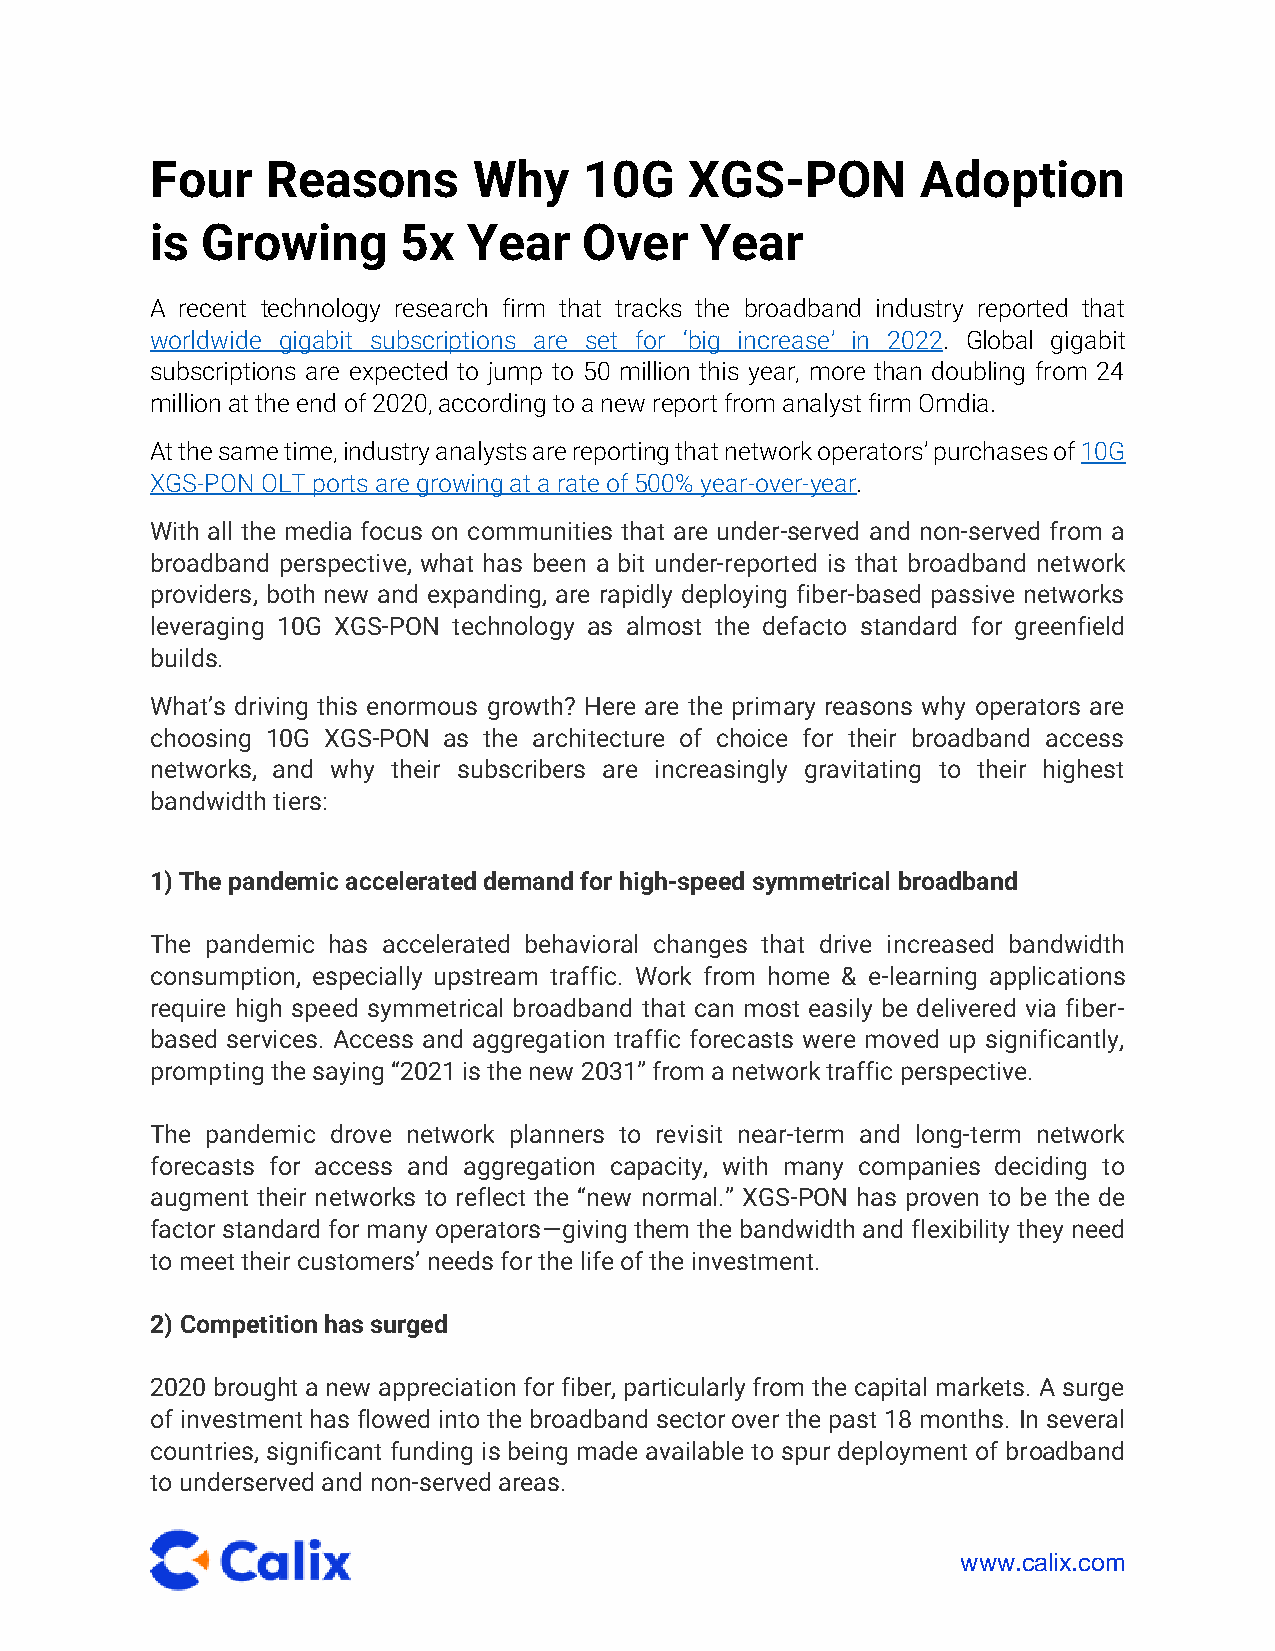
Four    Reasons      Why     10G    XGS-PON        Adoption
 is Growing       5x  Year    Over   Year
 A recent technology research firm that tracks the broadband industry reported that
 worldwide gigabit subscriptions are set for ‘big increase’ in 2022. Global gigabit
 subscriptions are expected to jump to 50 million this year, more than doubling from 24
 million at the end of 2020, according to a new report from analyst firm Omdia.
 At the same time, industry analysts are reporting that network operators’ purchases of 10G
 XGS-PON OLT ports are growing at a rate of 500% year-over-year.
 With all the media focus on communities that are under-served and non-served from a
 broadband perspective, what has been a bit under-reported is that broadband network
 providers, both new and expanding, are rapidly deploying fiber-based passive networks
 leveraging 10G XGS-PON technology as almost the defacto standard for greenfield
 builds.
 What’s driving this enormous growth? Here are the primary reasons why operators are
 choosing 10G XGS-PON as the architecture of choice for their broadband access
 networks, and why their subscribers are increasingly gravitating to their highest
 bandwidth tiers:
 1) The pandemic accelerated demand for high-speed symmetrical broadband
 The pandemic has accelerated behavioral changes that drive increased bandwidth
 consumption, especially upstream traffic. Work from home & e-learning applications
 require high speed symmetrical broadband that can most easily be delivered via fiber-
 based services. Access and aggregation traffic forecasts were moved up significantly,
 prompting the saying “2021 is the new 2031” from a network traffic perspective.
 The pandemic drove network planners to revisit near-term and long-term network
 forecasts for access and aggregation capacity, with many companies deciding to
 augment their networks to reflect the “new normal.” XGS-PON has proven to be the de
 factor standard for many operators—giving them the bandwidth and flexibility they need
 to meet their customers’ needs for the life of the investment.
 2) Competition has surged
 2020 brought a new appreciation for fiber, particularly from the capital markets. A surge
 of investment has flowed into the broadband sector over the past 18 months. In several
 countries, significant funding is being made available to spur deployment of broadband
 to underserved and non-served areas.
 www.calix.com